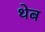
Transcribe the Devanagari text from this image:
थेब